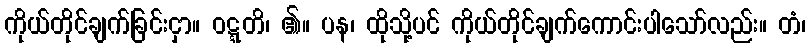
ကိုယ်တိုင်ချက်ခြင်းငှာ။ ဝဋ္ဋတိ၊ ၏။ ပန၊ ထိုသို့ပင် ကိုယ်တိုင်ချက်ကောင်းပါသော်လည်း။ တံ၊